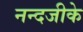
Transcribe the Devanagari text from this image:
नन्दजीके